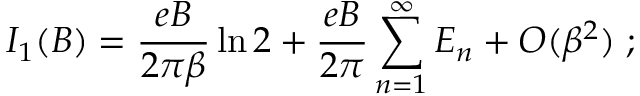
I _ { 1 } ( B ) = \frac { e B } { 2 \pi \beta } \ln 2 + \frac { e B } { 2 \pi } \sum _ { n = 1 } ^ { \infty } E _ { n } + { \cal { O } } ( \beta ^ { 2 } ) \; ;